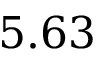
5 . 6 3